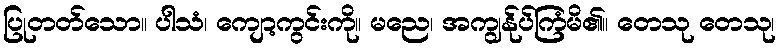
ပြုတတ်သော။ ပါသံ၊ ကျော့ကွင်းကို။ မညေ၊ အကျွန်ုပ်ကြံမိ၏။ တေသု တေသု၊